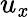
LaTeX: u_{\mathit{x}}